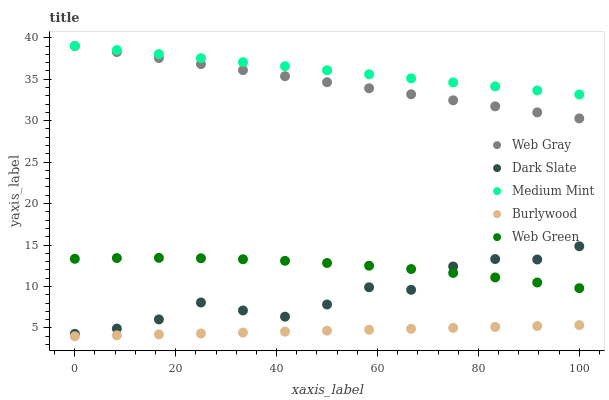
| xaxis_label | Web Gray | Dark Slate | Medium Mint | Burlywood | Web Green |
 | --- | --- | --- | --- | --- | --- |
 | 0 | 39 | 4.29 | 39 | 4 | 13.3 |
 | 8.33 | 38.3 | 4.93 | 38.5 | 4.11 | 13.4 |
 | 16.7 | 37.5 | 6.03 | 38 | 4.22 | 13.5 |
 | 25 | 36.8 | 8.07 | 37.5 | 4.34 | 13.4 |
 | 33.3 | 36.1 | 7.11 | 37.1 | 4.45 | 13.3 |
 | 41.7 | 35.4 | 6.36 | 36.6 | 4.56 | 13.1 |
 | 50 | 34.6 | 7.83 | 36.1 | 4.67 | 12.8 |
 | 58.3 | 33.9 | 9.91 | 35.6 | 4.78 | 12.5 |
 | 66.7 | 33.2 | 9.6 | 35.1 | 4.9 | 12.1 |
 | 75 | 32.5 | 12.4 | 34.6 | 5.01 | 11.6 |
 | 83.3 | 31.7 | 13.3 | 34.1 | 5.12 | 11.1 |
 | 91.7 | 31 | 13.3 | 33.6 | 5.23 | 10.5 |
 | 100 | 30.3 | 14.9 | 33.2 | 5.34 | 9.8 |